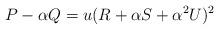
LaTeX: \begin{align*}P-\alpha Q=u(R+\alpha S+\alpha^2 U)^2\end{align*}